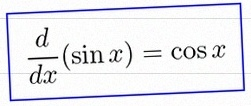
\frac{d}{dx}(\sin x)=\cos x